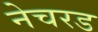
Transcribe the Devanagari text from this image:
नेचरड